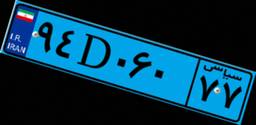
۹۴D۰۶۰۷۷